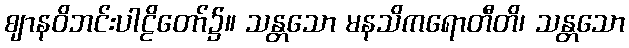
ဈာနဝိဘင်းပါဠိတော်၌။ သန္တသော မနသိကရောတီတိ၊ သန္တသော